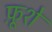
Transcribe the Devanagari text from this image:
फ़ूशे